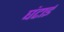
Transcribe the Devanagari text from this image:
घंटाई